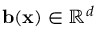
{ \mathbf { b } ( \mathbf { x } ) \in \mathbb { R } ^ { d } }